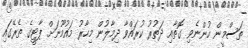
ތަސްމީން ހުންނެވި ގޮތާއި ދަތުރު ކުރައްވާ ދިމާލުން މިހާރު މައުމޫނަށް ޕާޓީގެ ތެރޭގައި